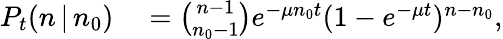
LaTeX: \begin{array}{rl}{P_{t}(n\, |\, n_{0})}&{{}={\binom{n-1}{n_{0}-1}}e^{-\mu n_{0}t}(1-e^{-\mu t})^{n-n_{0}},}\end{array}